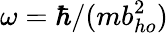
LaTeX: \omega=\hbar/(mb_{ho}^{2})